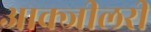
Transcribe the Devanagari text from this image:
आक्जीलरी